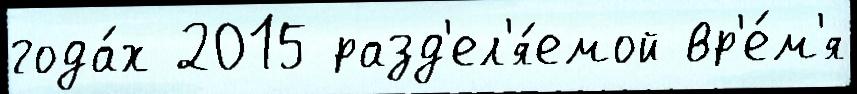
года́х 2015 разд'ел'я́емой вр'е́м'я